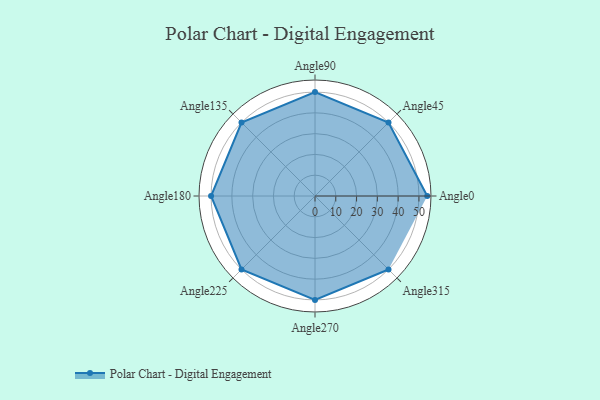
{"axis": {"x": "Angle", "y": "Radius"}, "legend": [""], "data": [{"x": "Angle0", "y": 54.0, "type": ""}, {"x": "Angle45", "y": 50, "type": ""}, {"x": "Angle90", "y": 50, "type": ""}, {"x": "Angle135", "y": 50, "type": ""}, {"x": "Angle180", "y": 50, "type": ""}, {"x": "Angle225", "y": 50, "type": ""}, {"x": "Angle270", "y": 50, "type": ""}, {"x": "Angle315", "y": 50, "type": ""}]}